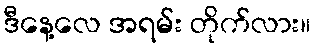
ဒီနေ့လေ အရမ်း တိုက်လား။